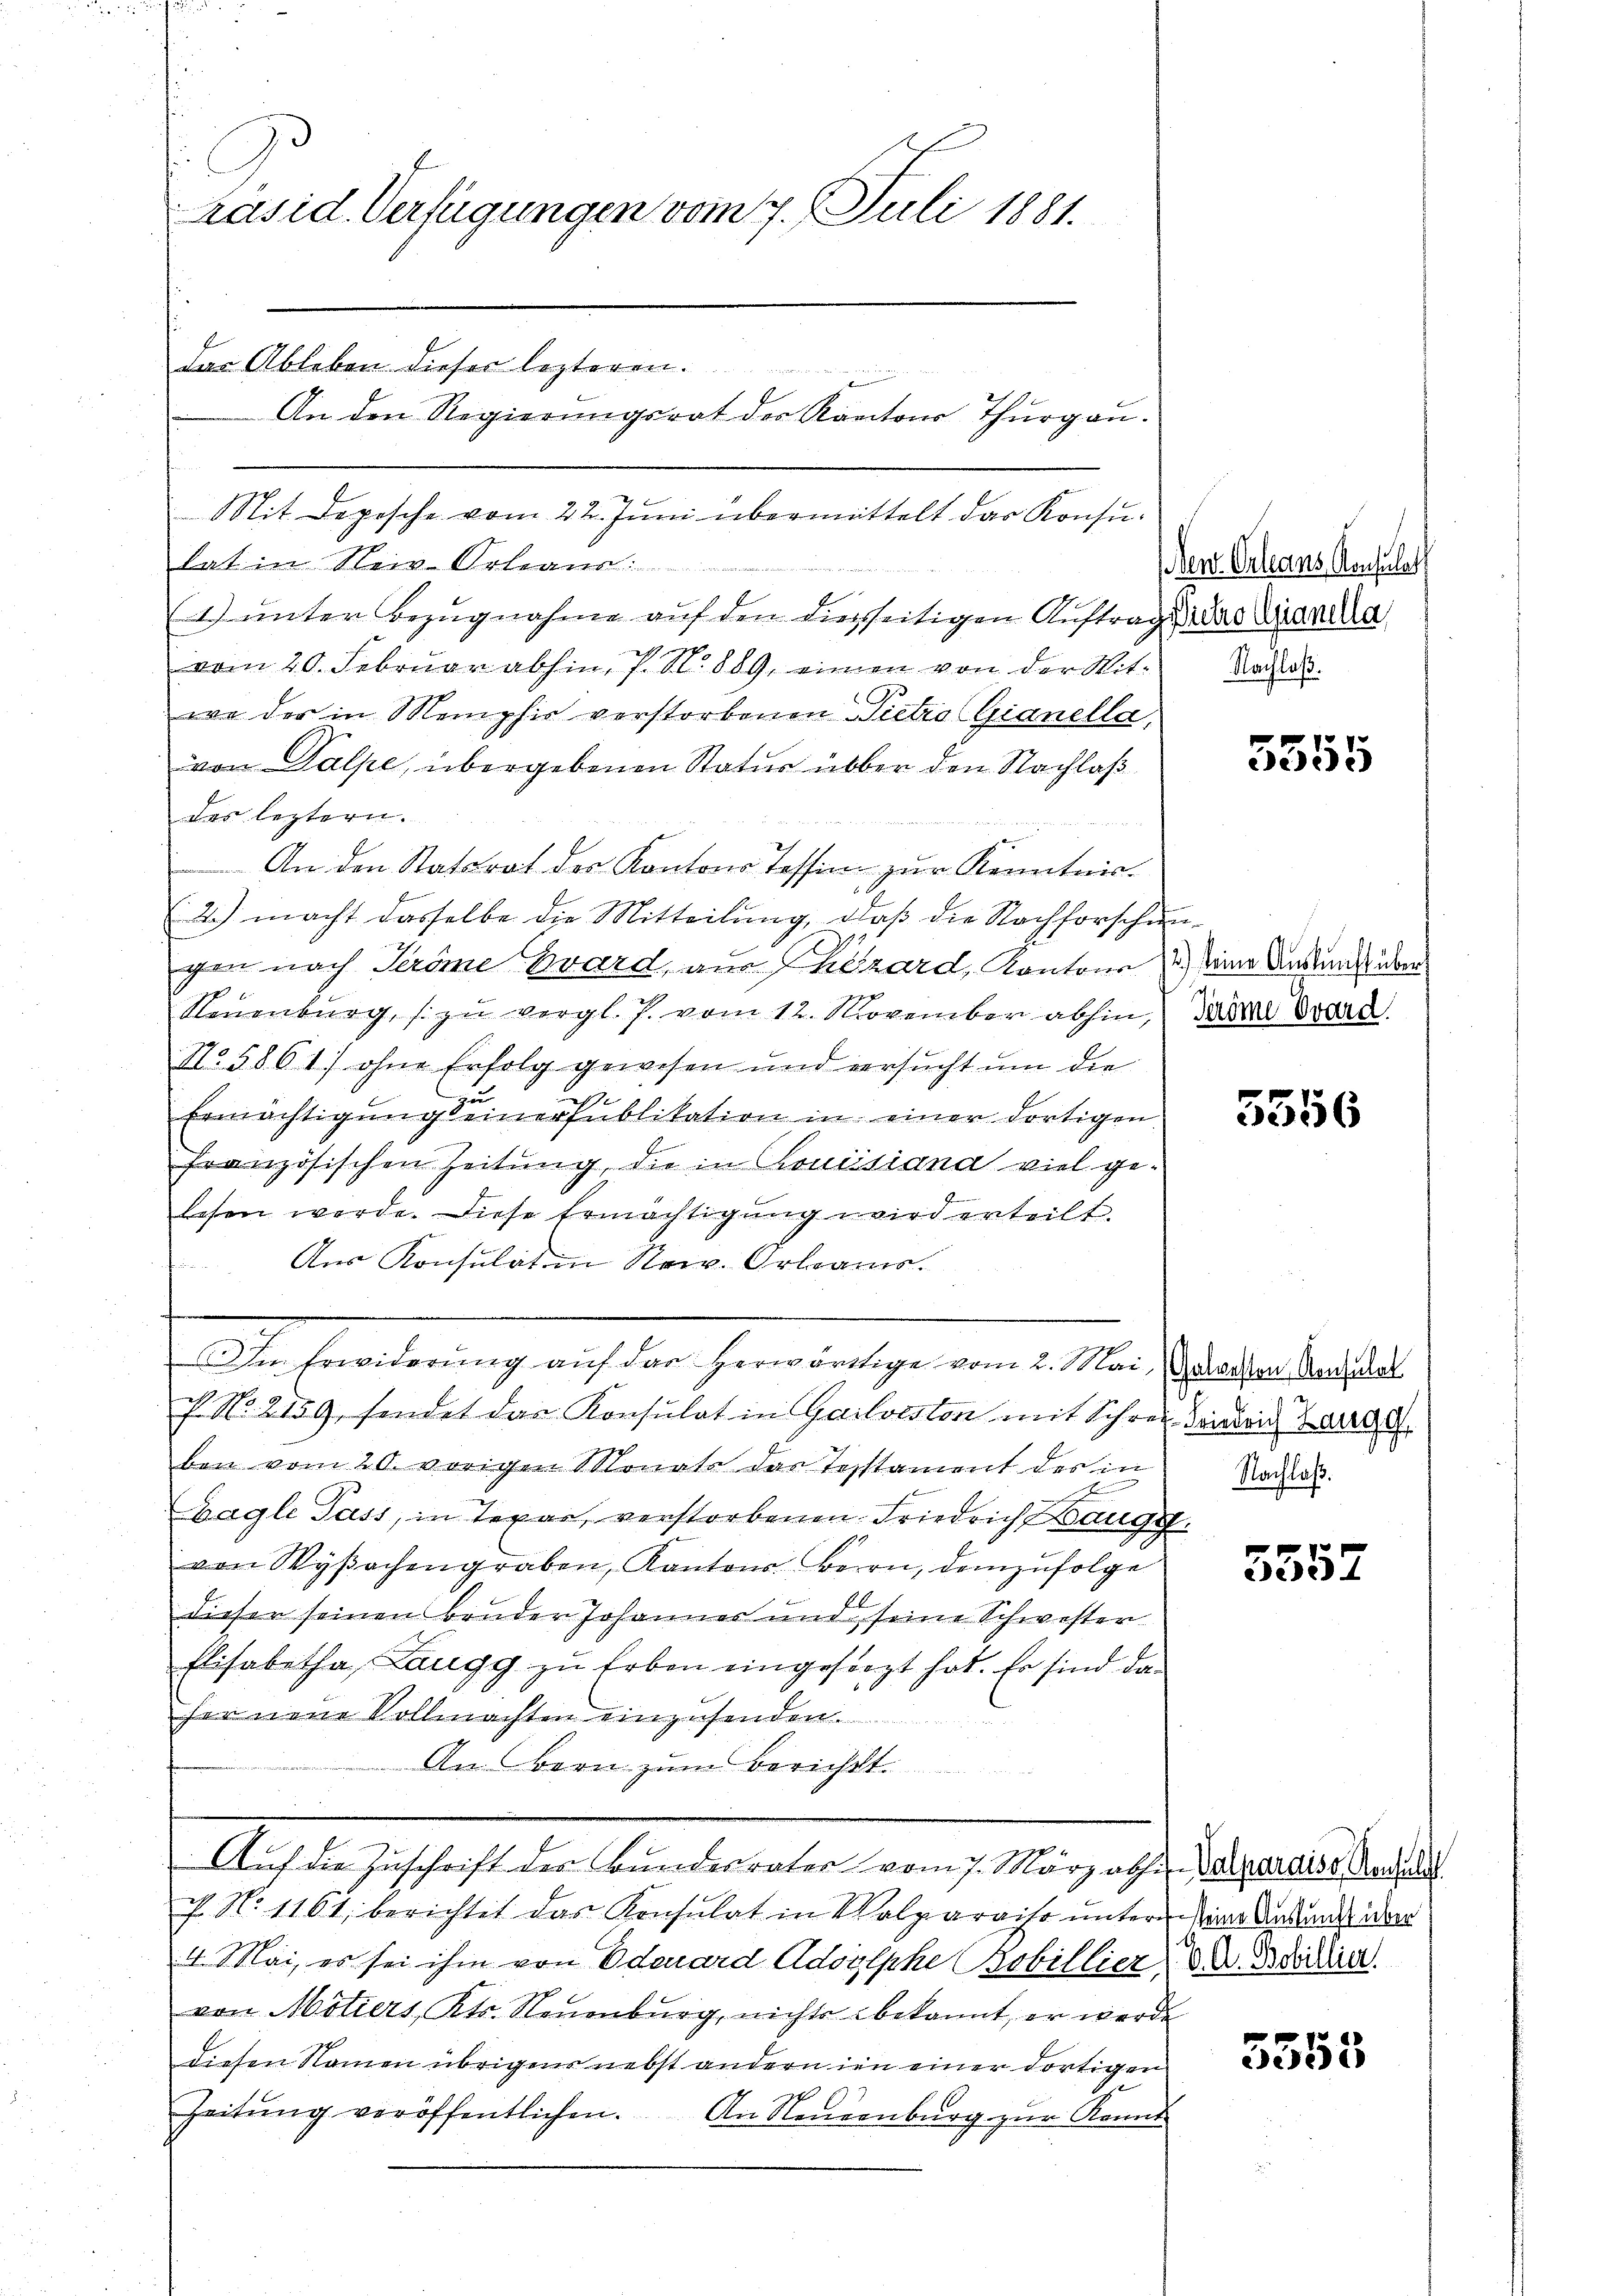
Präsid. Verfügungen vom 7. Juli 1881.

Das Ableben dieser lezteren.
Mit Depesche vom 22. Juni übermittelt das Konsulat im Weis-Orleans
(1) unter Bezugnahme auf den dießseitigen Auftragen Credianda
vom 20. Februar abhin, 7. N. 889, einen von der Witwo des in Memphir verstorbenen Pietro (Gianella,
von Dalpe, übergebenen Statur über den Nachlaß
des leztern.
An den Statsrat des Kantons Tessin zur Kenntnis.
2.) macht dasselbe die Mitteilung, daß die Nachforschungen nach Teröme ward, am Thezard, Kantone 1) seine Auskunft über
Neuenburg, zu vergl. J. vom 12. November abhin,
No 5861] ohne Erfolg gewesen und versucht um die
zu

Ermächtigungseinersublikation in einer dortigen
französischen Zeitung, die in Louisiana viel gelesen werde. Diese Ermächtigung wird erteilt.
Aus Konsulat in New. Orleans.
Im Erwiderung auf das herwärtige vom 2. Mai, Gewalten Monat
f. No. 2159, sendet das Konsulat in Gailveston mit Schrei Cantons Ba
ben vom 20. vorigen Monate das Testament des in
Bagle Pass, in Texar verstorbenen Friedrich Bauge
von Wyβachengraben, Kantons Herrn, demzufolge
6
dieser seinen Bruder Johannes und seine Schwester
Elisabetha, Langg zu Erben eingesorgt hat. Er sind daher neue Vollmachten einzusenden.
An Bern zum Berichtt.
Auf die Zuschrift der Bundesrater vom 7. März ab. Deparaiss Nachla
N. N. 1161, berichtet das Konsulat in Walparaist untern die Ankunde aber
4. Mai, es sei ihm von Odenard Adolphe Bobillier, V. Beizier
von Motiers, Kts. Neuenburg, nichts bekannt, er werde
diesen Namen übrigens nebst andern in einer dortigen
Zeitŭng veröffentlichen. An Neuenburg zur Kennt

1
An den Regierŭngsrat der Kantons Thŭrgaŭ.

Ven. Orleans Konsulat
Nachlaß.

3

5555

Teröme Ovard.

5556

Nachlaß.

5552

5555